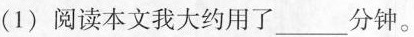
(1)阅读本文我大约用了_____分钟。